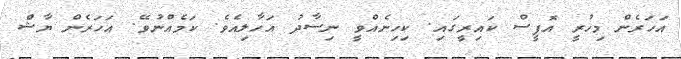
އަހަރެން މިހުރީ އޮފީސް ކައިރީގައި. ކިހިނެއްވީ ނިސާދު އަހާލިއެވެ. ކަމެއްނުވޭ. އަހަރެން ޔާޝް